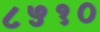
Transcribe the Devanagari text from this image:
८५१०